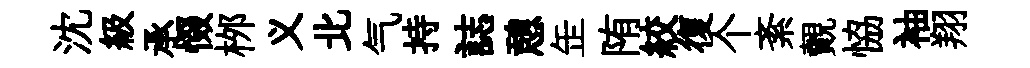
沈級承惙桞义北气持誌憩𦈢陏絞復个紊覿恊袖翔